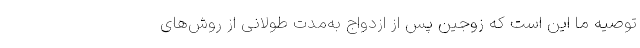
توصیه ما این است که زوجین پس از ازدواج به‌مدت طولانی از روش‌‌های